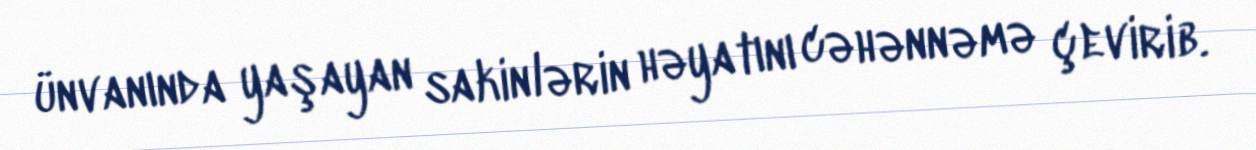
ünvanında yaşayan sakinlərin həyatını cəhənnəmə çevirib.